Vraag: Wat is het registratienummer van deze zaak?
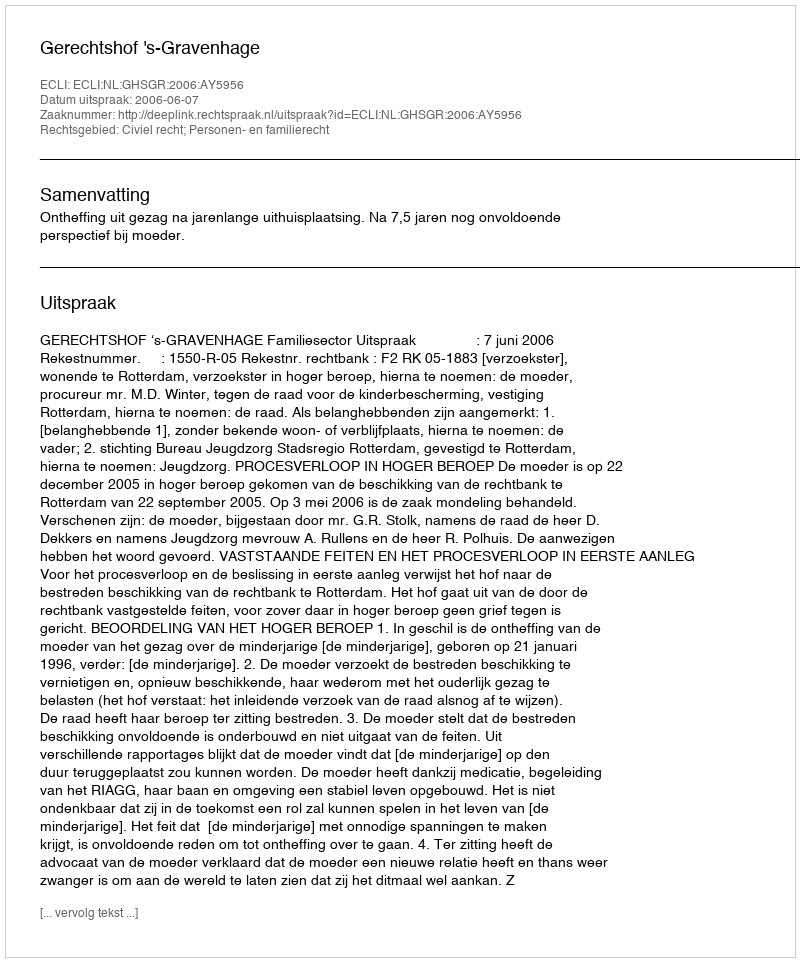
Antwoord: http://deeplink.rechtspraak.nl/uitspraak?id=ECLI:NL:GHSGR:2006:AY5956